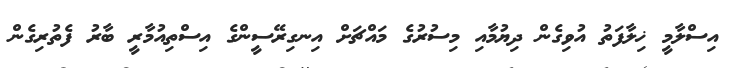
އިސްލާމީ ޚިލާފަތު އުވިގެން ދިޔުމާއި މިސުރުގެ މައްޗަށް އިނގިރޭސީންގެ އިސްތިއުމާރީ ބާރު ފެތުރިގެން